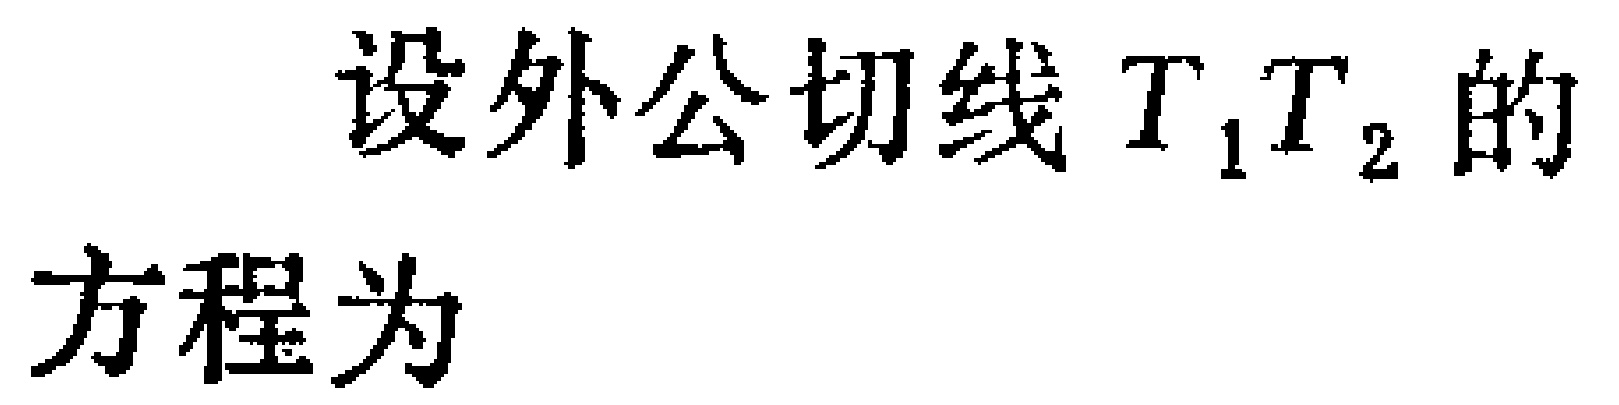
设外公切线\(T_{1}T_{2}\)的
方程为